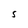
Character: S